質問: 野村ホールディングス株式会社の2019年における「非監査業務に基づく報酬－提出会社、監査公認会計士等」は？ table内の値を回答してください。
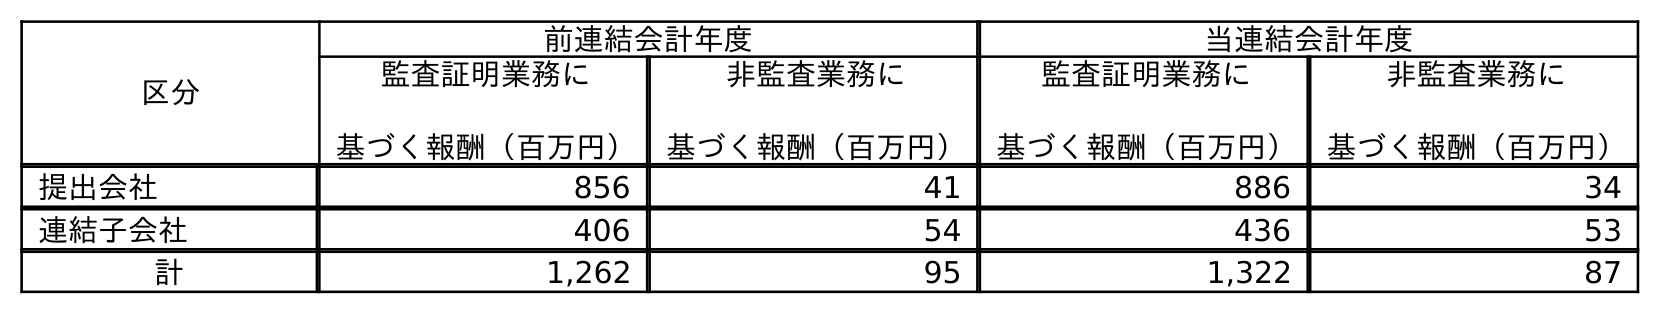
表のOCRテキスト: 区分 前連結会計年度 当連結会計年度 監査証明業務に 基づく報酬（百万円） 非監査業務に 基づく報酬（百万円） 監査証明業務に 基づく報酬（百万円） 非監査業務に 基づく報酬（百万円） 提出会社 856 41 886 34 連結子会社 406 54 436 53 計 1,262 95 1,322 87
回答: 41